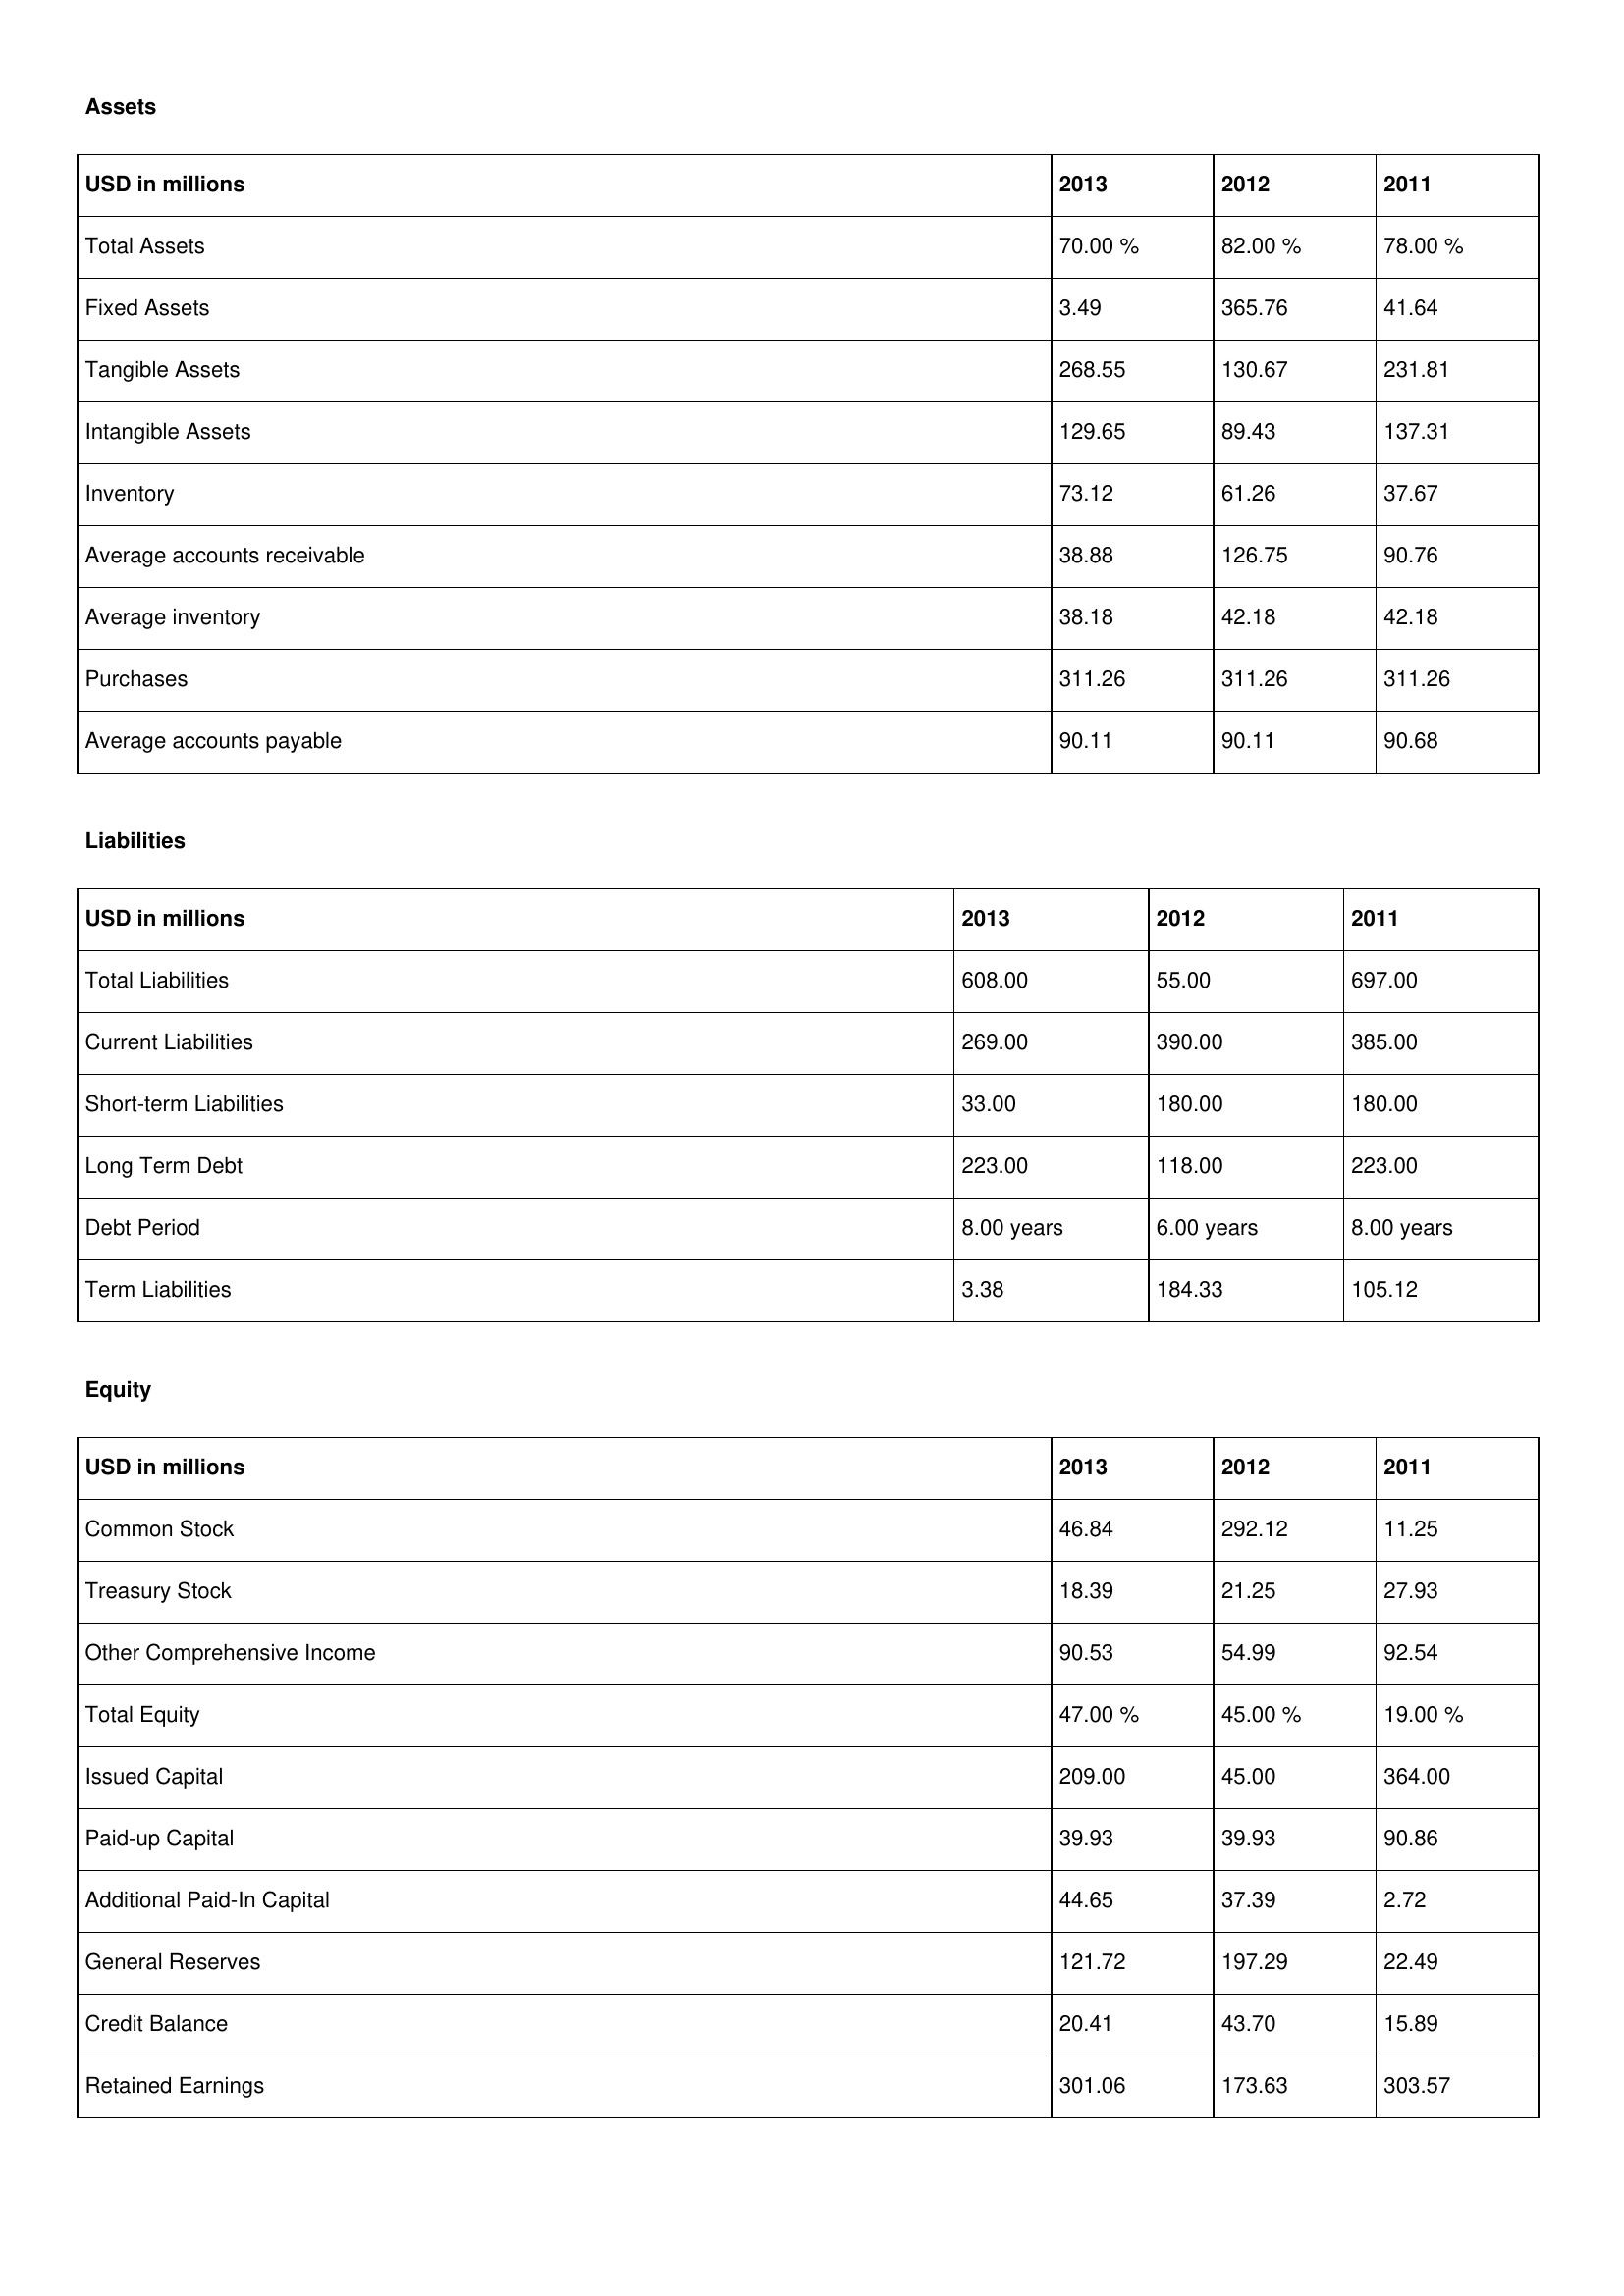
gt_parse: 2013: Assets: Total Assets: 70.00 %
Fixed Assets: 3.49
Tangible Assets: 268.55
Intangible Assets: 129.65
Inventory: 73.12
Average accounts receivable: 38.88
Average inventory: 38.18
Purchases: 311.26
Average accounts payable: 90.11
Liabilities: Total Liabilities: 608.00
Current Liabilities: 269.00
Short-term Liabilities: 33.00
Long Term Debt: 223.00
Debt Period: 8.00 years
Term Liabilities: 3.38
Equity: Common Stock: 46.84
Treasury Stock: 18.39
Other Comprehensive Income: 90.53
Total Equity: 47.00 %
Issued Capital: 209.00
Paid-up Capital: 39.93
Additional Paid-In Capital: 44.65
General Reserves: 121.72
Credit Balance: 20.41
Retained Earnings: 301.06
2012: Assets: Total Assets: 82.00 %
Fixed Assets: 365.76
Tangible Assets: 130.67
Intangible Assets: 89.43
Inventory: 61.26
Average accounts receivable: 126.75
Average inventory: 42.18
Purchases: 311.26
Average accounts payable: 90.11
Liabilities: Total Liabilities: 55.00
Current Liabilities: 390.00
Short-term Liabilities: 180.00
Long Term Debt: 118.00
Debt Period: 6.00 years
Term Liabilities: 184.33
Equity: Common Stock: 292.12
Treasury Stock: 21.25
Other Comprehensive Income: 54.99
Total Equity: 45.00 %
Issued Capital: 45.00
Paid-up Capital: 39.93
Additional Paid-In Capital: 37.39
General Reserves: 197.29
Credit Balance: 43.70
Retained Earnings: 173.63
2011: Assets: Total Assets: 78.00 %
Fixed Assets: 41.64
Tangible Assets: 231.81
Intangible Assets: 137.31
Inventory: 37.67
Average accounts receivable: 90.76
Average inventory: 42.18
Purchases: 311.26
Average accounts payable: 90.68
Liabilities: Total Liabilities: 697.00
Current Liabilities: 385.00
Short-term Liabilities: 180.00
Long Term Debt: 223.00
Debt Period: 8.00 years
Term Liabilities: 105.12
Equity: Common Stock: 11.25
Treasury Stock: 27.93
Other Comprehensive Income: 92.54
Total Equity: 19.00 %
Issued Capital: 364.00
Paid-up Capital: 90.86
Additional Paid-In Capital: 2.72
General Reserves: 22.49
Credit Balance: 15.89
Retained Earnings: 303.57